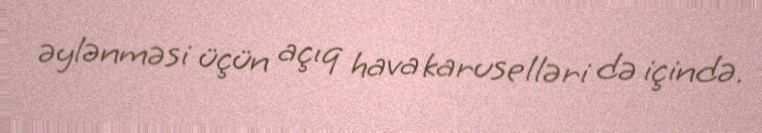
əylənməsi üçün açıq hava karuselləri də içində.